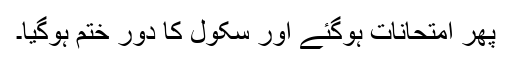
پھر امتحانات ہوگئے اور سکول کا دور ختم ہوگیا۔